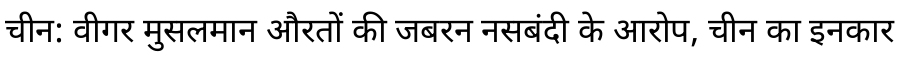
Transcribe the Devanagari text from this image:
चीन: वीगर मुसलमान औरतों की जबरन नसबंदी के आरोप, चीन का इनकार